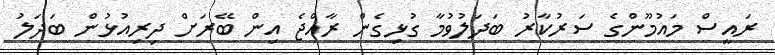
ރައީސް މައުމޫންގެ ސަރުކާރު ބަދަލުވުމާ ގުޅިގެން ރާއްޖެ އިން ބޭރަށް ދިރިއުޅުން ބަދަލު